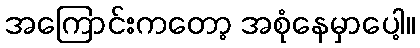
အကြောင်းကတော့ အစုံနေမှာပေါ့။